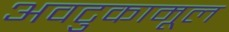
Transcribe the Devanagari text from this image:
अवटुकामूल